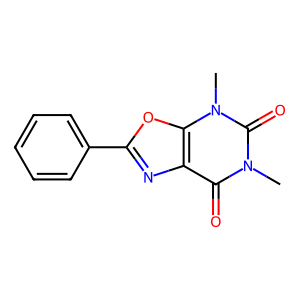
SMILES: Cn1c(=O)c2nc(-c3ccccc3)oc2n(C)c1=O
Inhibits HIV replication: No